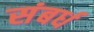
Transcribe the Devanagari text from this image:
संबर्ध